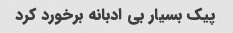
پیک بسیار بی ادبانه برخورد کرد